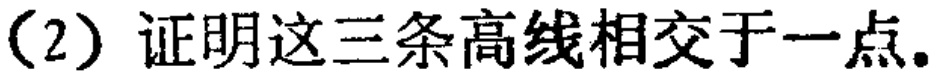
(2) 证明这三条高线相交于一点.